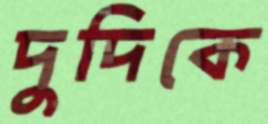
দুদিকে